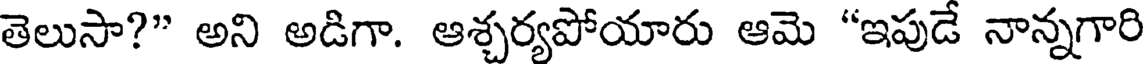
తెలుసా?" అని అడిగా. ఆశ్చర్యపోయారు ఆమె "ఇపుడే నాన్నగారి